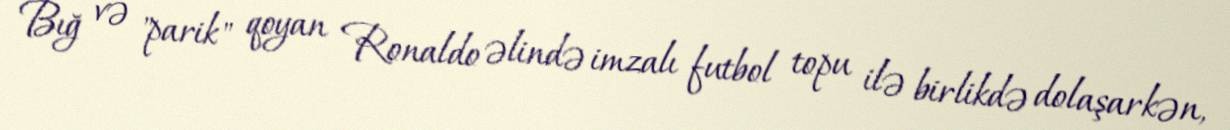
Bığ və "parik" qoyan Ronaldo əlində imzalı futbol topu ilə birlikdə dolaşarkən,